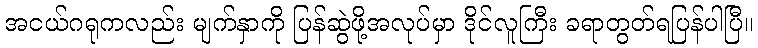
အငယ်ဂရုကလည်း မျက်နှာကို ပြန်ဆွဲဖို့အလုပ်မှာ ဒိုင်လူကြီး ခရာတွတ်ရပြန်ပါပြီ။